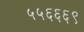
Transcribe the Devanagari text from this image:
५५६६६९